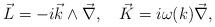
LaTeX: \begin{align*}\vec{L} = -i\vec{k}\wedge\vec{\nabla},\quad \vec{K} = i\omega(k) \vec{\nabla},\end{align*}